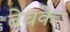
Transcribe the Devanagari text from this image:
बेचके